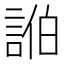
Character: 𮘓